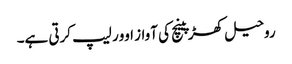
روحیل کھڑپینچ کی آواز اوور لیپ کرتی ہے۔